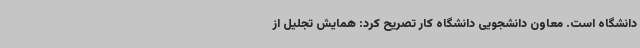
دانشگاه است. معاون دانشجویی دانشگاه کار تصریح کرد: همایش تجلیل از